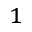
^ { 1 }